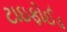
ટાઇફોઈડ